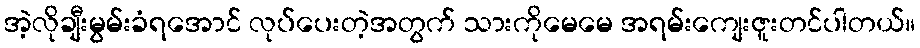
အဲ့လိုချီးမွမ်းခံရအောင် လုပ်ပေးတဲ့အတွက် သားကိုမေမေ အရမ်းကျေးဇူးတင်ပါတယ်။